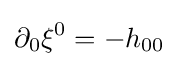
\partial _{0}\xi ^{0}=-h_{00}